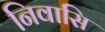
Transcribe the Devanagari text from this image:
निवासि